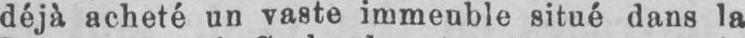
déjà acheté un vaste immeuble situé dans la